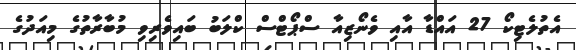
އެތުލެޓިކޯ 27 އައްޑާ އާއި ވެނޯޒިއާ ސްޕޯޓްސް ކްލަބު ބައިވެރިވި މުބާރާތުގެ މިއަދުގެ